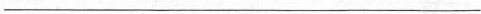
___